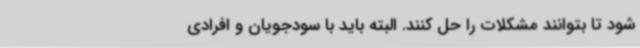
شود تا بتوانند مشکلات را حل کنند. البته باید با سودجویان و افرادی